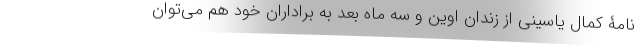
نامۀ کمال یاسینی از زندان اوین و سه ماه بعد به براداران خود هم می‌توان